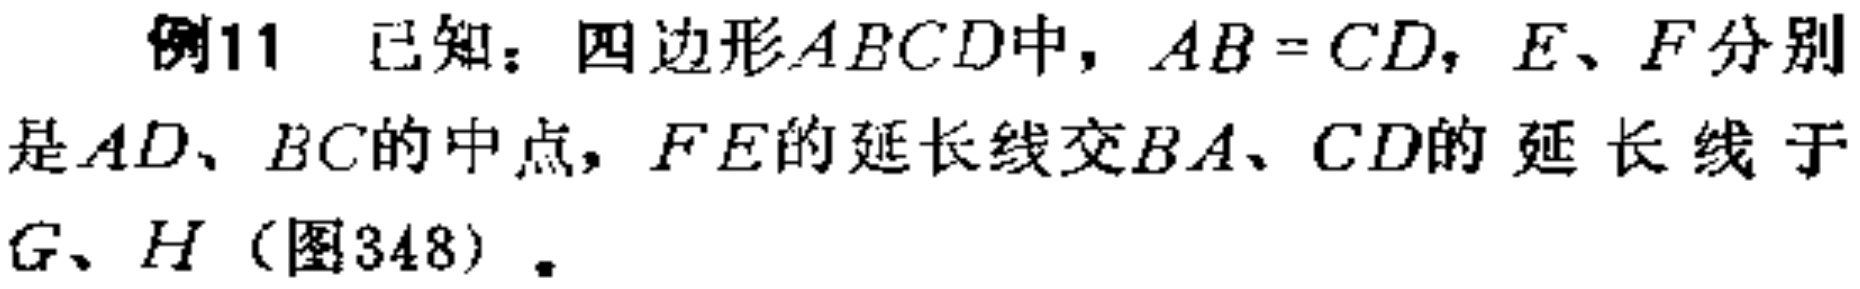
例11 已知：四边形\(ABCD\)中，\(AB = CD\)，\(E、F\)分别是\(AD、BC\)的中点，\(FE\)的延长线交\(BA、CD\)的延长线于\(G、H\)（图348）。